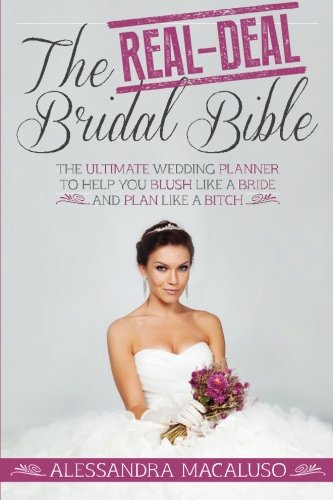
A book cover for The Real-Deal Bridal Bible: The Ultimate Wedding Planner to Help You Blush Like a Bride and Plan Like a Bitch; Alessandra Macaluso; Crafts, Hobbies & Home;